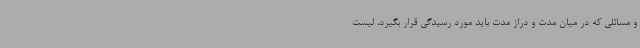
و مسائلی که در میان مدت و دراز مدت باید مورد رسیدگی قرار بگیرد، لیست